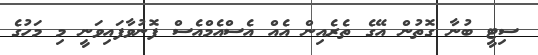
ސިޓީ ބުނާ ގޮތުން އޭގެ ތެރެއިން އެއް އެސްއެމްއެސް ފޮނުވާފައިވަނީ މި މަހުގެ